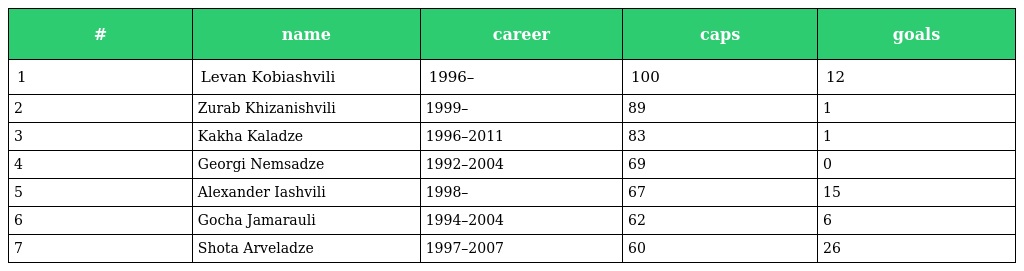
| # | name | career | caps | goals |
 | --- | --- | --- | --- | --- |
 | 1 | Levan Kobiashvili | 1996– | 100 | 12 |
 | 2 | Zurab Khizanishvili | 1999– | 89 | 1 |
 | 3 | Kakha Kaladze | 1996–2011 | 83 | 1 |
 | 4 | Georgi Nemsadze | 1992–2004 | 69 | 0 |
 | 5 | Alexander Iashvili | 1998– | 67 | 15 |
 | 6 | Gocha Jamarauli | 1994–2004 | 62 | 6 |
 | 7 | Shota Arveladze | 1997–2007 | 60 | 26 |